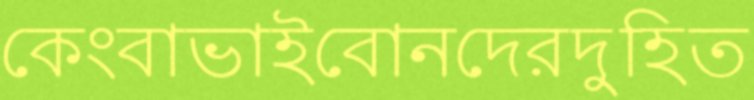
কেংবাভাইবোনদেরদুহিত